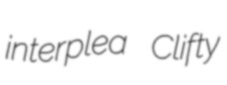
interplea Clifty